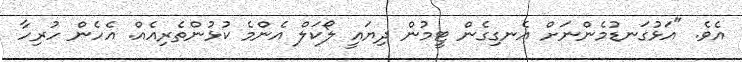
އެވެ. "އަޅުގަނޑުމެންނަށް އެނގިގެން ޓީމުން ދިޔައީ ލޯކަލް އެންމެ ކުޅުންތެރިއެއް. އެހެން ހުރިހާ